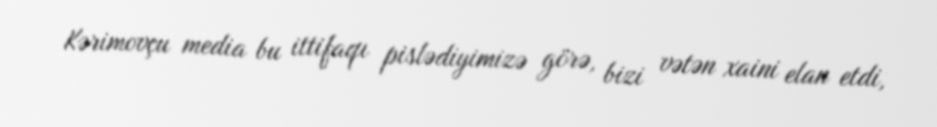
Kərimovçu media bu ittifaqı pislədiyimizə görə, bizi vətən xaini elan etdi,